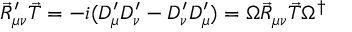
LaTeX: \vec { R } _ { \mu \nu } ^ { \prime } \vec { T } = - i ( D _ { \mu } ^ { \prime } D _ { \nu } ^ { \prime } - D _ { \nu } ^ { \prime } D _ { \mu } ^ { \prime } ) = \Omega \vec { R } _ { \mu \nu } \vec { T } \Omega ^ { \dagger }